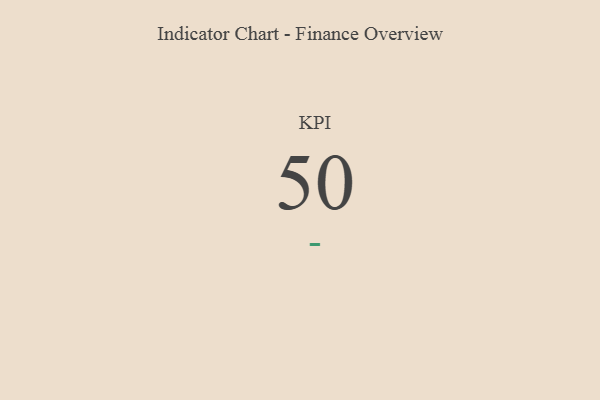
{"axis": {"x": "KPI", "y": "Value"}, "legend": [""], "data": [{"x": "KPI", "y": 50, "type": ""}]}